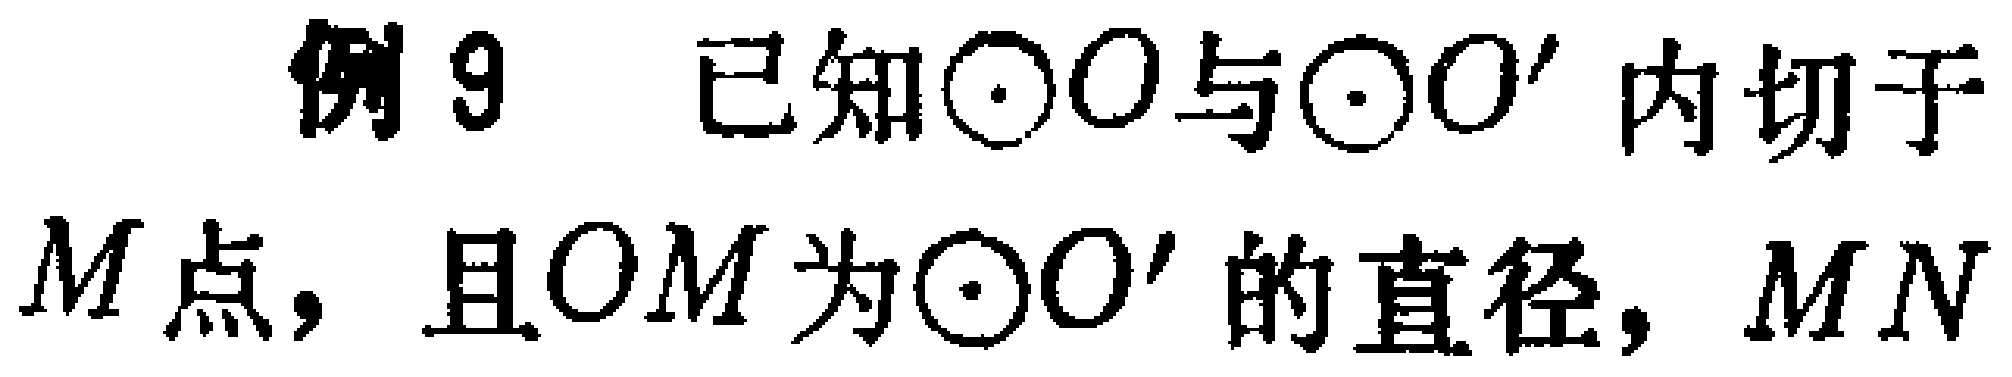
例9 已知$\odot O$与$\odot O'$内切于$M$点，且$OM$为$\odot O'$的直径，$MN$